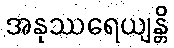
အနုဿရေယျန္တိ